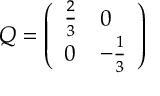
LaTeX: Q = \left( \begin{array} { l l } { { { \frac { 2 } { 3 } } } } & { { 0 } } \\ { { 0 } } & { { - { \frac { 1 } { 3 } } } } \end{array} \right)